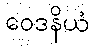
ဝေဒနိယံ